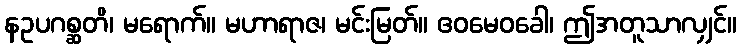
နဥပဂစ္ဆတိ၊ မရောက်။ မဟာရာဇ၊ မင်းမြတ်။ ဧဝမေဝခေါ၊ ဤအတူသာလျှင်။